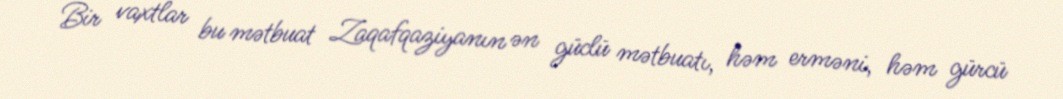
Bir vaxtlar bu mətbuat Zaqafqaziyanın ən güclü mətbuatı, həm erməni, həm gürcü